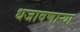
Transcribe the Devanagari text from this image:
धजावणाऱ्या